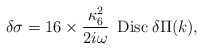
\begin{align*}\delta \sigma = 16 \times \frac{\kappa_6^2}{2 i \omega} \hspace{2mm}{\rm Disc} \hspace{1mm} \delta \Pi(k),\end{align*}